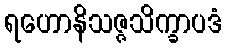
ရဟောနိသဇ္ဇသိက္ခာပဒံ